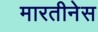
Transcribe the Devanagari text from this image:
मारतीनेस